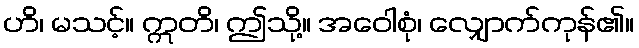
ဟိ၊ မသင့်။ ဣတိ၊ ဤသို့။ အဝေါစုံ၊ လျှောက်ကုန်၏။